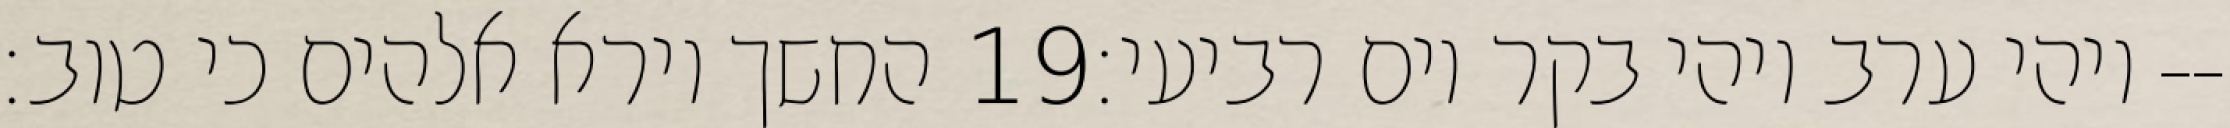
החשך וירא אלהים כי טוב׃ ‎19‏ ויהי ערב ויהי בקר יום רביעי׃--